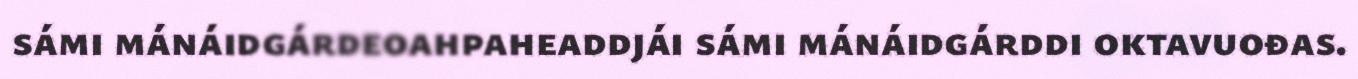
sámi mánáidgárdeoahpaheaddjái sámi mánáidgárddi oktavuođas.